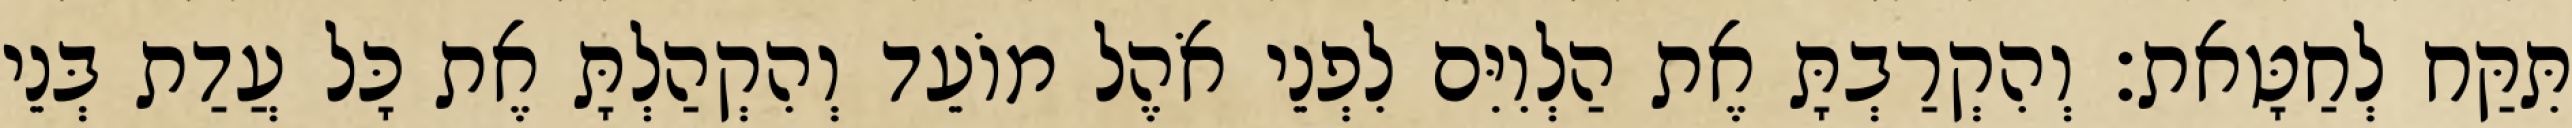
תִּקַּח לְחַטָּאת׃ וְהִקְרַבְתָּ אֶת הַלְוִיִּם לִפְנֵי אֹהֶל מוֹעֵד וְהִקְהַלְתָּ אֶת כָּל עֲדַת בְּנֵי